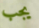
يجب